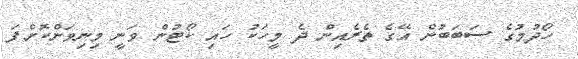
ހޯދުމުގެ ސަބަބުން އޭގެ ތެރެއިން ދެ މީހަކު ހައި ކޯޓުން ވަނީ މިނިވަންކޮށްފަ